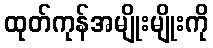
ထုတ်ကုန်အမျိုးမျိုးကို